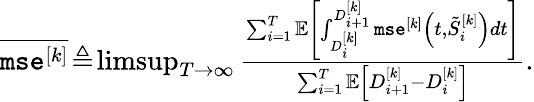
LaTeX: \begin{array}{r}{\overline{{\texttt{mse}^{[k]}}}\! \triangleq\! \operatorname*{limsup}_{T\rightarrow\infty}\frac{\sum_{i=1}^{T}{\mathbb{E}}\left[\int_{D_{i}^{[k]}}^{D_{i+1}^{[k]}}\texttt{mse}^{[k]}\left(t,\tilde{S}_{i}^{[k]}\right)dt\right]}{\sum_{i=1}^{T}\mathbb{E}\left[D_{i+1}^{[k]}-D_{i}^{[k]}\right]}.}\end{array}